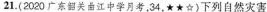
21.(2020广东韶关曲江中学月考，34，\star)下列自然灾害